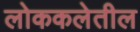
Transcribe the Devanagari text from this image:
लोककलेतील